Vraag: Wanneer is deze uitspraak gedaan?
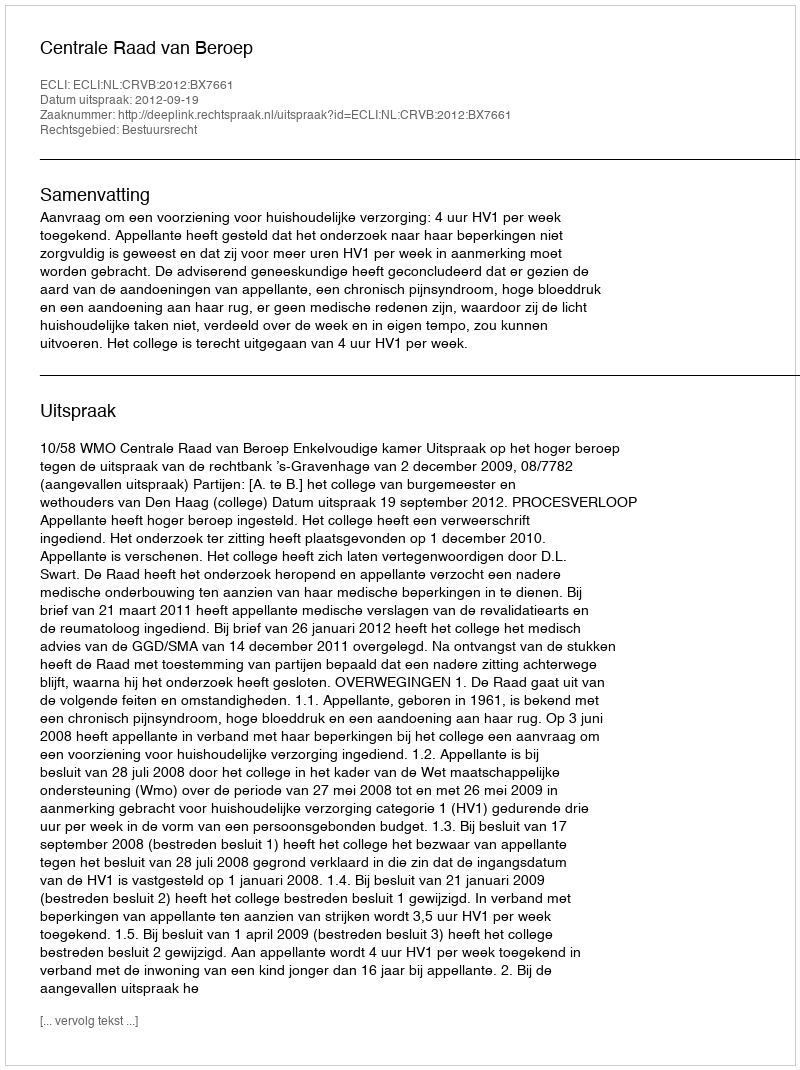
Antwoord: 2012-09-19